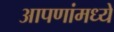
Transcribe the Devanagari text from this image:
आपणांमध्यें